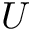
U